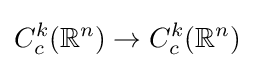
C_{c}^{k}(\mathbb {R} ^{n})\to C_{c}^{k}(\mathbb {R} ^{n})